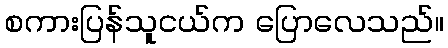
စကားပြန်သူငယ်က ပြောလေသည်။